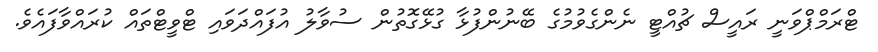
ޓްރަމްޕްވަނީ ރައީސް ޗުއްޓީ ނެންގެވުމުގެ ބޭނުންފުޅާ ގުޅޭގޮތުން ސުވާލު އުފައްދަވައި ޓްވީޓްތައް ކުރައްވާފައެވެ.